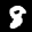
Digit: 9